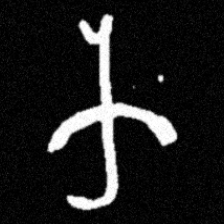
Pyu character \u2014 Myanmar letter: က (romanized: ka)